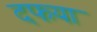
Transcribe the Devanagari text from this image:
दफया